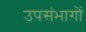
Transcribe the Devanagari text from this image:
उपसंभागों